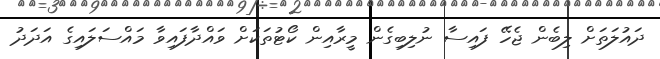
ދައުލަތަށް ލިބެން ޖެހޭ ފައިސާ ނުލިބިގެން މީރާއިން ކޯޓުތަކަށް ވައްދާފައިވާ މައްސަލައިގެ އަދަދު